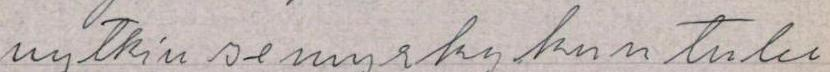
nytkin se myrsky kun tulee